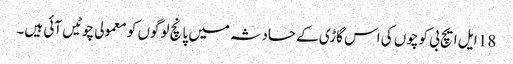
18 ایل ایچ بی کوچوں کی اس گاڑی کے حادثہ میں پانچ لوگوں کو معمولی چوٹیں آئی ہیں۔